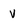
Character: v